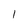
Character: 1